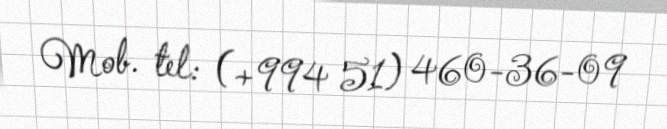
Mob. tel: (+994 51) 460-36-09